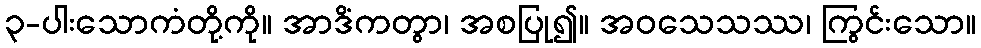
၃-ပါးသောကံတို့ကို။ အာဒိံကတွာ၊ အစပြု၍။ အဝသေသဿ၊ ကြွင်းသော။